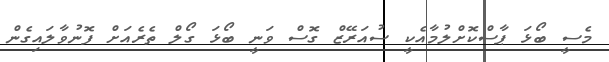
މެސީ ބޯޅަ ޕާސްކޮށްލުމާއެކީ ސުއަރޭޒް ގޮސް ވަނީ ބޯޅަ ގޯލް ތެރެއަށް ފޮނުވާލައިގެން